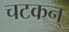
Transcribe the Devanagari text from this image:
चटकन्